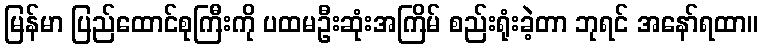
မြန်မာ ပြည်ထောင်စုကြီးကို ပထမဦးဆုံးအကြိမ် စည်းရုံးခဲ့တာ ဘုရင် အနော်ရထာ။